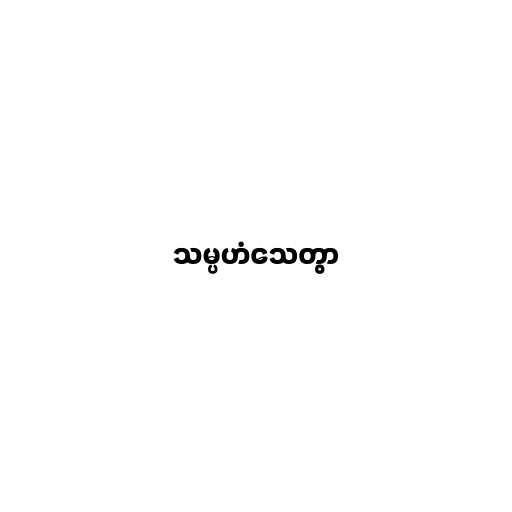
သမ္ပဟံသေတွာ